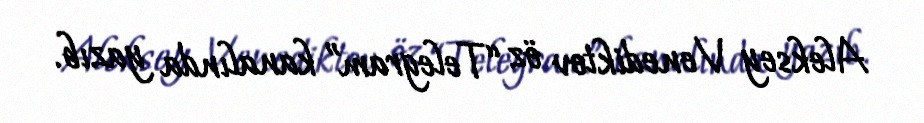
Aleksey Venediktov öz “Telegram” kanalında yazıb.